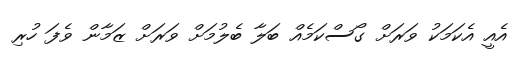
އެއީ އެކަމަކު ވަރަށް ގޯސްކަމެއް ބަލާ ބެލުމަށް ވަރަށް ޒަމާން ވެފަ ހުރި